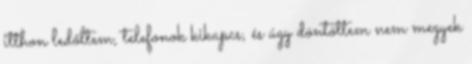
itthon ledőltem, telefonok kikapcs, és úgy döntöttem nem megyek